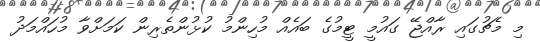
މި މެޗުގައި ރާއްޖޭ ގައުމީ ޓީމުގެ ބައެއް މުހިންމު ކުޅުންތެރިން ކަމަށްވާ މުހައްމަދު